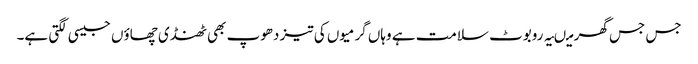
جس جس گھر میںیہ روبوٹ سلامت ہے وہاں گرمیوں کی تیز دھوپ بھی ٹھنڈی چھاؤں جیسی لگتی ہے۔